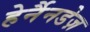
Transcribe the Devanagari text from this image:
हेर्नैनडेज़